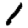
Digit: 1